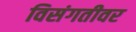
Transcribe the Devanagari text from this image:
विसंगतीवर